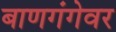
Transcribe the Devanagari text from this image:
बाणगंगेवर